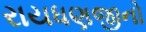
રાયધણજીનો